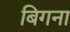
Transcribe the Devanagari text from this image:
बिगना